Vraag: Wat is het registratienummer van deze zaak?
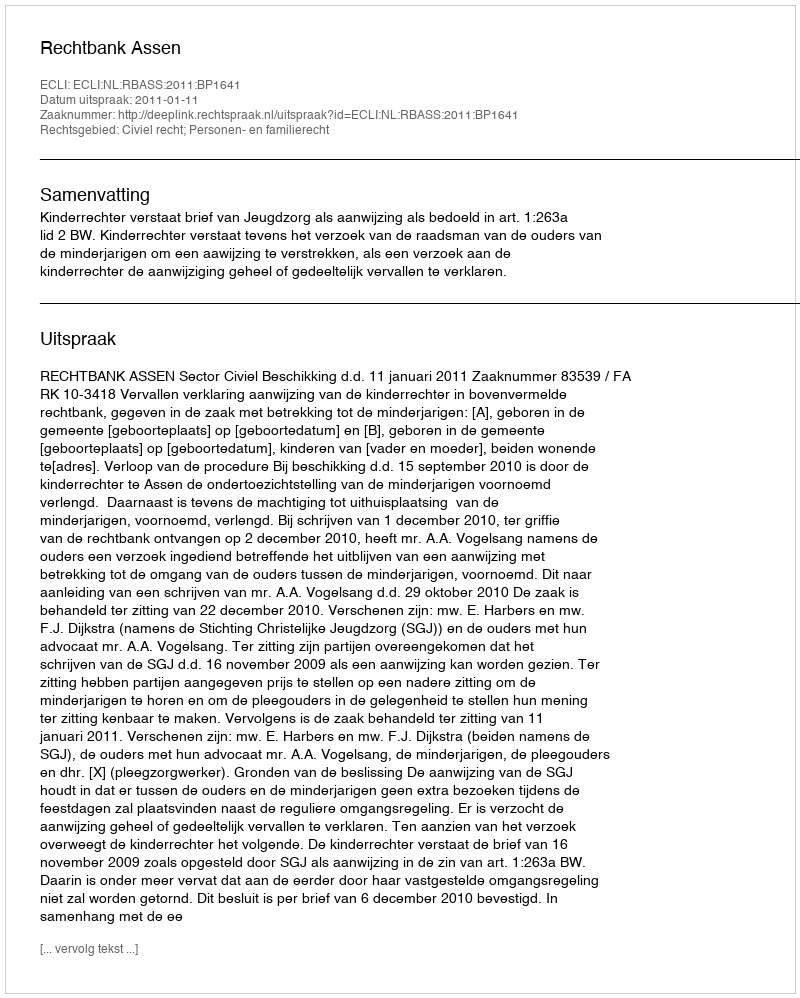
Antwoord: http://deeplink.rechtspraak.nl/uitspraak?id=ECLI:NL:RBASS:2011:BP1641